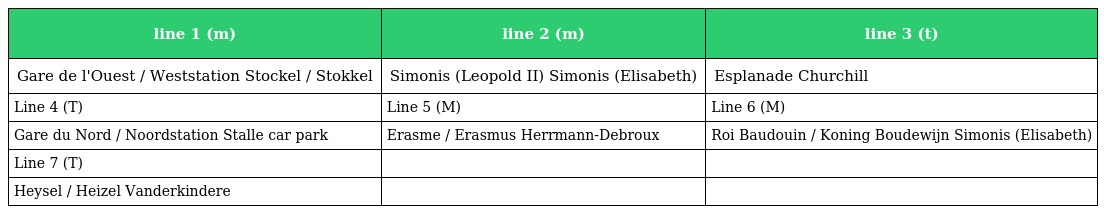
| line 1 (m) | line 2 (m) | line 3 (t) |
 | --- | --- | --- |
 | Gare de l'Ouest / Weststation Stockel / Stokkel | Simonis (Leopold II) Simonis (Elisabeth) | Esplanade Churchill |
 | Line 4 (T) | Line 5 (M) | Line 6 (M) |
 | Gare du Nord / Noordstation Stalle car park | Erasme / Erasmus Herrmann-Debroux | Roi Baudouin / Koning Boudewijn Simonis (Elisabeth) |
 | Line 7 (T) |  |  |
 | Heysel / Heizel Vanderkindere |  |  |